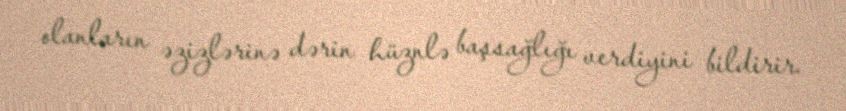
olanların əzizlərinə dərin hüznlə başsağlığı verdiyini bildirir.